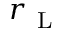
r _ { \mathrm { ~ L ~ } }